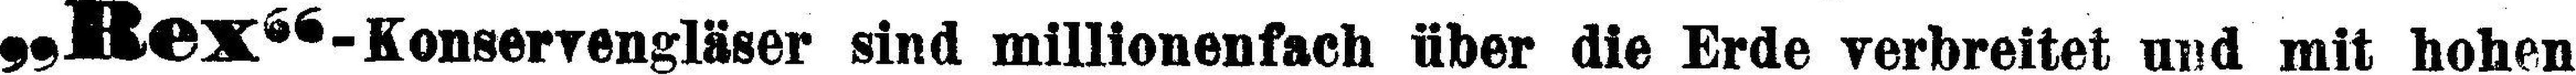
„Rex“-Konservengläser sind millionenfach über die Erde verbreitet und mit hohen